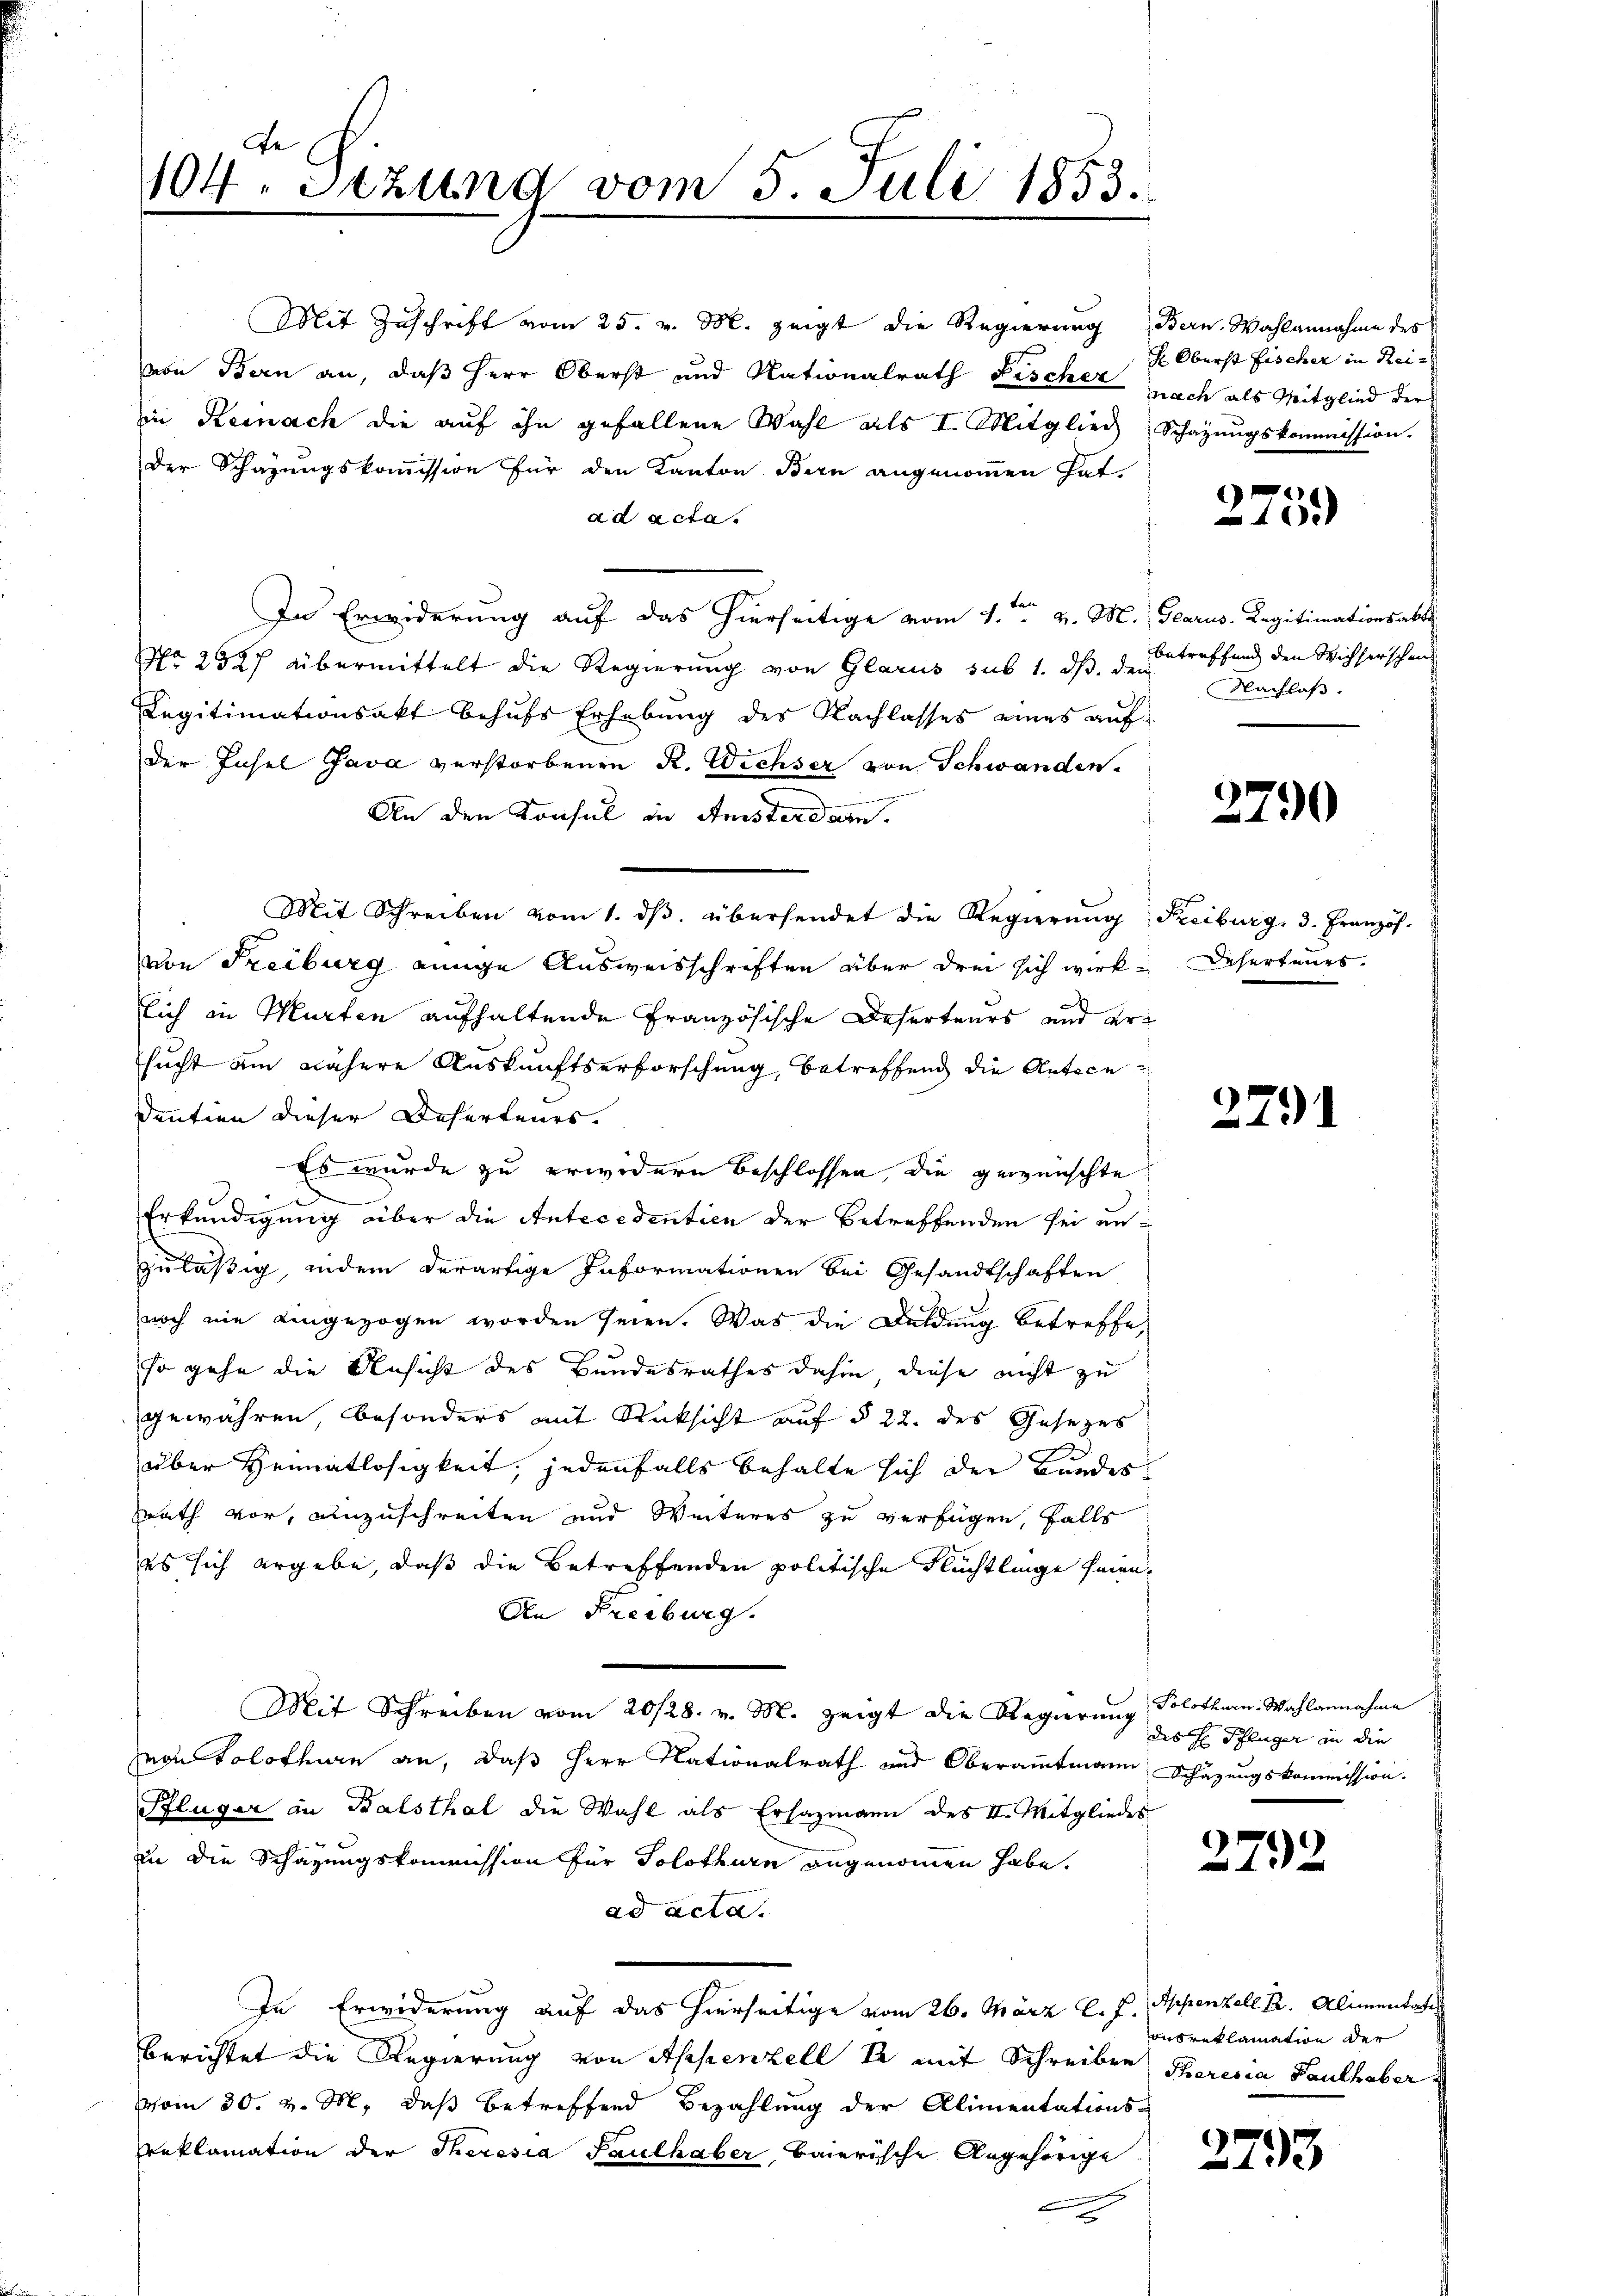
104. Sezung vom 5. Juli 1853.

Mit Zuschrift vom 25. v. M. zeigt die Regierung Bern Wahlannahme des
von Bern an, daß Herr Oberst und Nationalrath Fischer nach als Mitglied der
in Reinach die auf ihn gefallene Wahl als I. Mitglied Schazungskommission.
Der Schazungskommission für den Kanton Bern angenommen hat.
ad acta.
be
In Erwiderung auf das hierseitige vom 1. v. M., Glarus. Legitimationsakte
No 2827 übermittelt die Regierung von Glarus sub 1. ds. den Betreffend den Wichserschen
Legitimationsakt behufs Erhebung des Nachlasses eines auf
der Insel Java verstorbenen R. Wichser von Schwanden.
i
e
An den Konsul in Amsterdar.
Mit Schreiben vom 1. dβ. übersendet die Regierŭng Freiburg, 3. Französ.
von Freiburg einige Ausweisschriften über drei sich wirk¬
A
lich in Murten aufhaltende Französische Deserteurs und ersucht am nähere Auskunftserforschung, betreffend die Antece
dentien dieser Befertenes.
Es wurde zu erwidern beschlossen, die gewünschte
 Se
Erkundigung über die Antecedentien der Betreffenden sei unzuläßig, indem derartige Informationen bei Gesandtschaften
noch nie eingezogen worden seien. Was die Duldung betreffe,
so gehe die Ansicht des Bundesrathes dahin, diese nicht zu
gewähren, besonders mit Rücksicht auf § 22. des Gesezes
D
über Heimatlosigkeit, jedenfalls behalte sich der Bundesrath vor, einzuschreiten und Weiteres zu verfügen, falls
es sich ergebe, daß die Betreffenden politische Flüchtlinge seien.
An Freiburg.
Mit Schreiben vom 20/28. v. M. zeigt die Regierung Solothurn-Wahlannahme
Hron Solothurn an, daß Herr Nationalrath und Oberamtmann Schätzungskommission.
Pflüger in Balsthal die Wahl als Erhazmann des II. Mitgliedes
in die Schazungskommission für Solothurn angenommen habe.
ad acta.
In Erwiderung auf das hierseitige vom 26. März l. J. Appenzell R. Alimentatis
berichtet die Regierung von Appenzell Er mit Schreiben Theresia Pauthaber
vom 30. v. M. daß betreffend Bezahlung der Alimentations-
reklamation der Theresia Paulhaber baierische Angehörige
2

h Oberst Fischer in Rei

.
159

Nachlaß.

2790

Deserteurs.

2791

des H. Pflüger an die

2792

2793

anbreklamation der